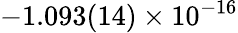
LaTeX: -1.093(14)\times 10^{-16}